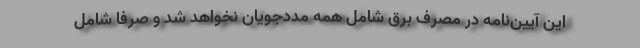
این آیین‌نامه در مصرف برق شامل همه مددجویان نخواهد شد و صرفا شامل